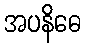
အပနိဓေ